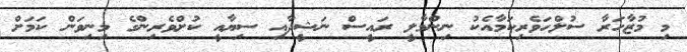
މި މުޒާހަރާ ސުލްހަވެރިކަމާއެކު ނިންމާލީ ރައީސް ނަޝީދާއި ސިޔާއީ ކުށްވެރިންގެ މިނިވަން ކަމަށް